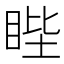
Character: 𥆯